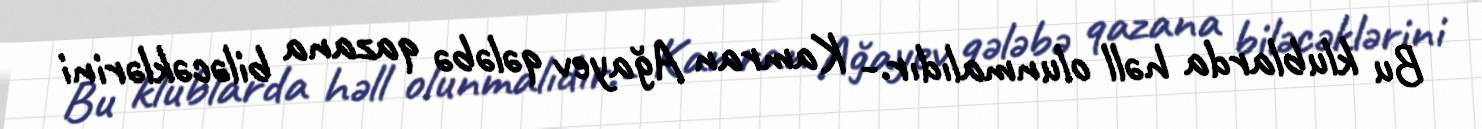
Bu klublarda həll olunmalıdır.- Kamran Ağayev qələbə qazana biləcəklərini